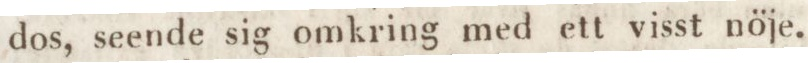
dos, seende sig omkring med ett visst nöje.